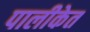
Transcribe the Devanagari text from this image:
पालीकेत